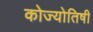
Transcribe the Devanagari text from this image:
कोज्योतिषी